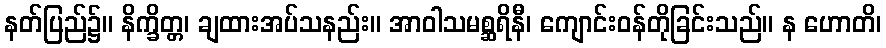
နတ်ပြည်၌။ နိက္ခိတ္တ၊ ချထားအပ်သနည်း။ အာဝါသမစ္ဆရိနီ၊ ကျောင်းဝန်တိုခြင်းသည်။ န ဟောတိ၊